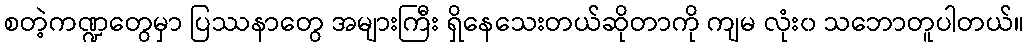
စတဲ့ကဏ္ဍတွေမှာ ပြဿနာတွေ အများကြီး ရှိနေသေးတယ်ဆိုတာကို ကျမ လုံး၀ သဘောတူပါတယ်။